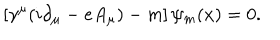
\left[ \gamma ^ { \mu } ( i \partial _ { \mu } - e A _ { \mu } ) - m \right] \psi _ { m } ( x ) = 0 .